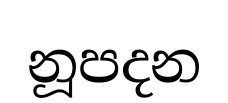
නූපදන